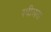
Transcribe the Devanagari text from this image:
स्थीलता